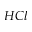
H C l